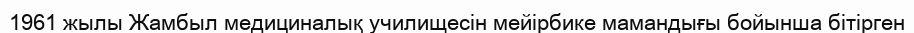
1961 жылы Жамбыл медициналық училищесін мейірбике мамандығы бойынша бітірген